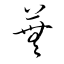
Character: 蕪